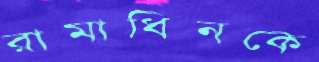
রামাধিনকে